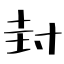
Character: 封